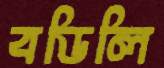
বডিলি